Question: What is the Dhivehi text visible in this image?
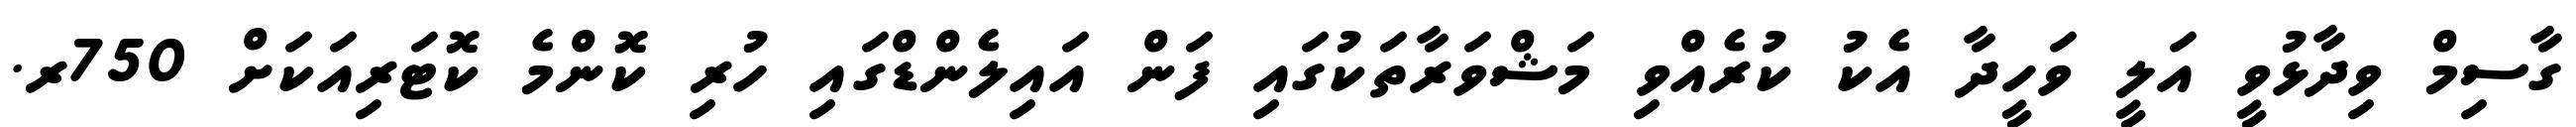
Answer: ގާސިމް ވިދާޅުވީ އަލީ ވަހީދާ އެކު ކުރެއްވި މަޝްވަރާތަކުގައި ފަން އައިލެންޑްގައި ހުރި ކޮންމެ ކޮޓަރިއަކަށް 750ރ.